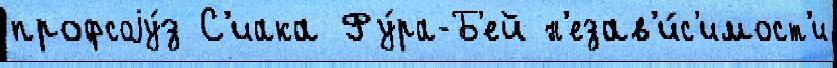
профсоjу́з С'иака Фу́ра-Б'ей н'езав'и́с'имост'и